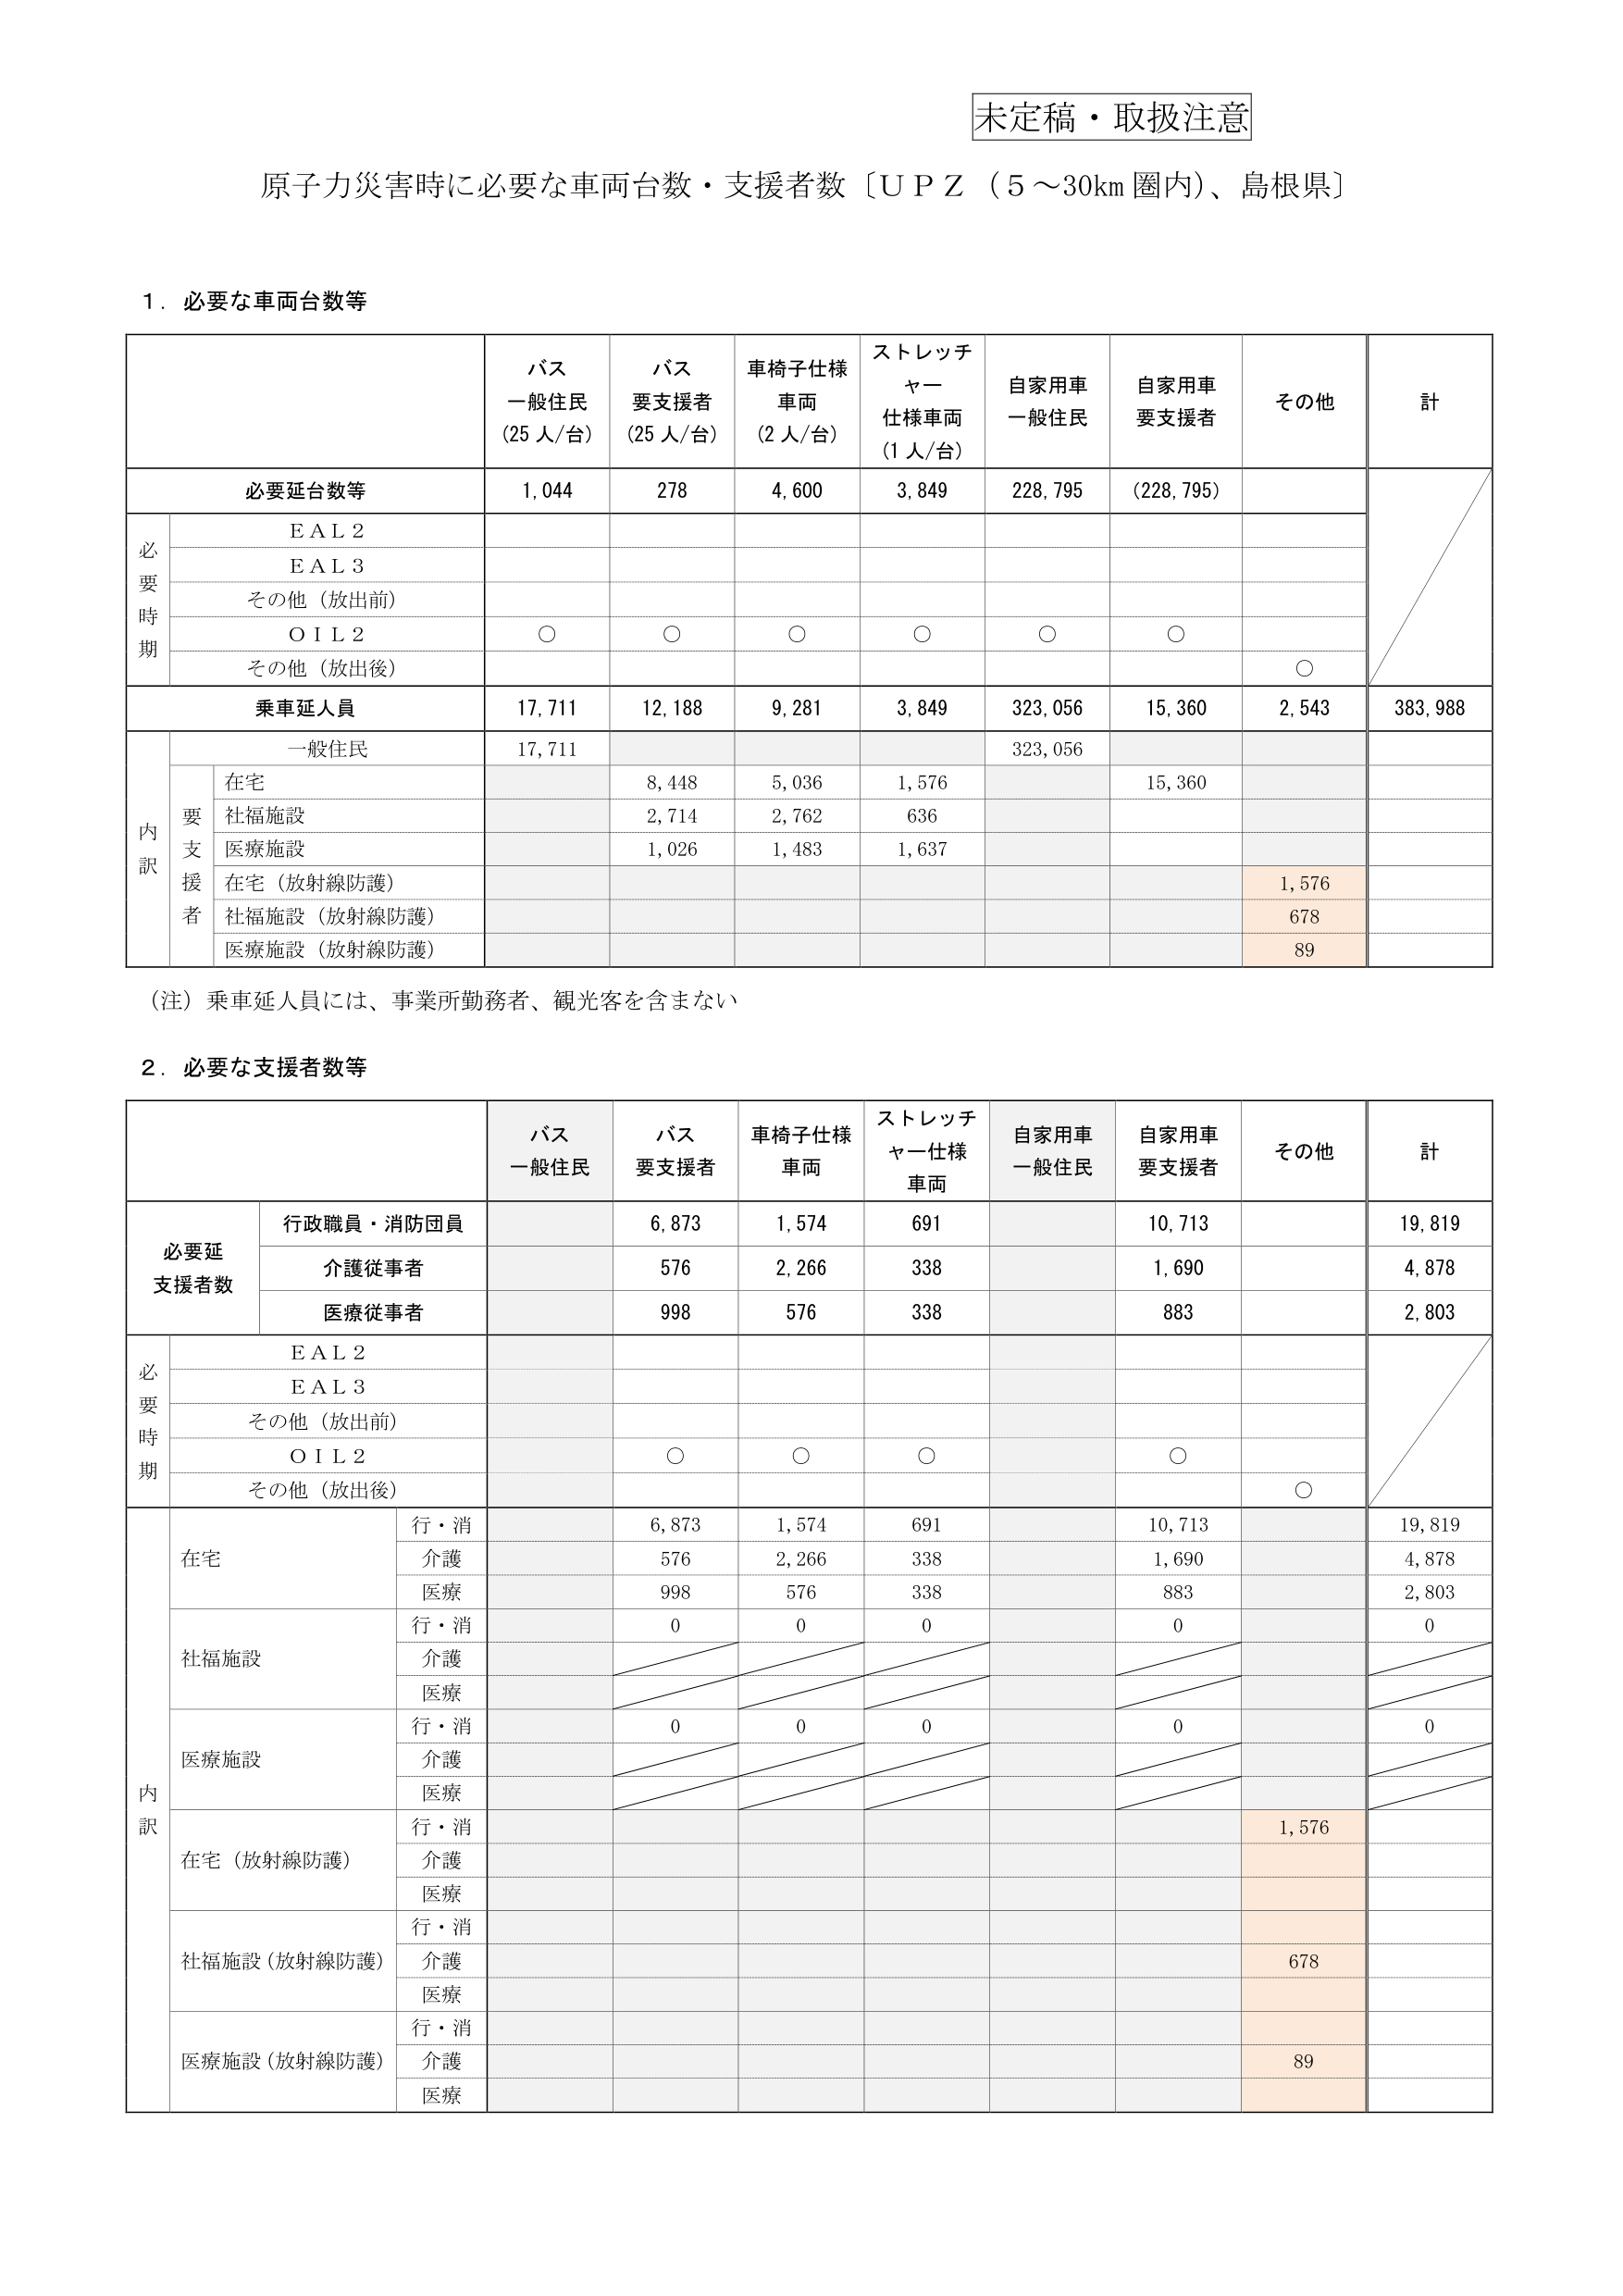
未定稿・取扱注意
原子力災害時に必要な車両台数・支援者数〔ＵＰＺ（5～30km圏内）、島根県〕

1．必要な車両台数等

| | バス 一般住民 (25人/台) | バス 要支援者 (25人/台) | 車椅子仕様 車両 (2人/台) | ストレッチャー 仕様車両 (1人/台) | 自家用車 一般住民 | 自家用車 要支援者 | その他 | 計 |
|---|---|---|---|---|---|---|---|---|
| **必要延台数等** | 1,044 | 278 | 4,600 | 3,849 | 228,795 | (228,795) | | |
| 必要時期 | EAL2 | | | | | | | |
| | EAL3 | | | | | | | |
| | その他（放出前） | | | | | | | |
| | OIL2 | ○ | ○ | ○ | ○ | ○ | ○ | |
| | その他（放出後） | | | | | | ○ | |
| **乗車延人員** | 17,711 | 12,188 | 9,281 | 3,849 | 323,056 | 15,360 | 2,543 | 383,988 |
| 内訳 | 一般住民 | 17,711 | | | | 323,056 | | | |
| | 要支援者 | 在宅 | | 8,448 | 5,036 | 1,576 | | 15,360 | |
| | | 社福施設 | | 2,714 | 2,762 | 636 | | | |
| | | 医療施設 | | 1,026 | 1,483 | 1,637 | | | |
| | | 在宅（放射線防護） | | | | | | 1,576 | |
| | | 社福施設（放射線防護） | | | | | | 678 | |
| | | 医療施設（放射線防護） | | | | | | 89 | |

（注）乗車延人員には、事業所勤務者、観光客を含まない

2．必要な支援者数等

| | バス 一般住民 | バス 要支援者 | 車椅子仕様 車両 | ストレッチャー仕様 車両 | 自家用車 一般住民 | 自家用車 要支援者 | その他 | 計 |
|---|---|---|---|---|---|---|---|---|
| 必要延支援者数 | 行政職員・消防団員 | | 6,873 | 1,574 | 691 | | 10,713 | 19,819 |
| | 介護従事者 | | 576 | 2,266 | 338 | | 1,690 | 4,878 |
| | 医療従事者 | | 998 | 576 | 338 | | 883 | 2,803 |
| 必要時期 | EAL2 | | | | | | | |
| | EAL3 | | | | | | | |
| | その他（放出前） | | | | | | | |
| | OIL2 | | ○ | ○ | ○ | | ○ | |
| | その他（放出後） | | | | | | ○ | |
| 内訳 | 在宅 | 行・消 | | 6,873 | 1,574 | 691 | | 10,713 | 19,819 |
| | | 介護 | | 576 | 2,266 | 338 | | 1,690 | 4,878 |
| | | 医療 | | 998 | 576 | 338 | | 883 | 2,803 |
| | 社福施設 | 行・消 | | 0 | 0 | 0 | | 0 | 0 |
| | | 介護 | | | | | | | |
| | | 医療 | | | | | | | |
| | 医療施設 | 行・消 | | 0 | 0 | 0 | | 0 | 0 |
| | | 介護 | | | | | | | |
| | | 医療 | | | | | | | |
| | 在宅（放射線防護） | 行・消 | | | | | | 1,576 | |
| | | 介護 | | | | | | | |
| | | 医療 | | | | | | | |
| | 社福施設（放射線防護） | 行・消 | | | | | | | |
| | | 介護 | | | | | | 678 | |
| | | 医療 | | | | | | | |
| | 医療施設（放射線防護） | 行・消 | | | | | | | |
| | | 介護 | | | | | | 89 | |
| | | 医療 | | | | | | | |